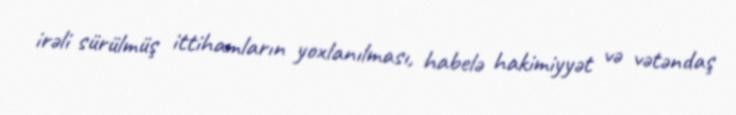
irəli sürülmüş ittihamların yoxlanılması, habelə hakimiyyət və vətəndaş